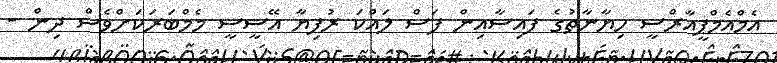
އެމްއެމްޕީއާރްސީ ހިޔާނާތުގެ ފައިސާއިން ފަސް ލައްކަ ރުފިޔާ އޭސީީސީ މެމްބަރަކަށްވެސް ދިން -